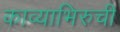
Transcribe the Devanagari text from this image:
काव्याभिरुची